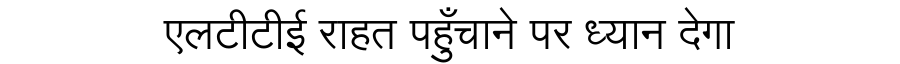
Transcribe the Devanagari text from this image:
एलटीटीई राहत पहुँचाने पर ध्यान देगा